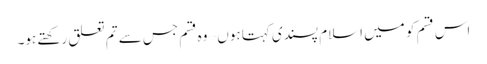
اس قسم کو میں اسلام پسندی کہتا ہوں – وہ قسم جس سے تم تعلق رکھتے ہو۔